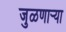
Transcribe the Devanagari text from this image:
जुळणार्‍या